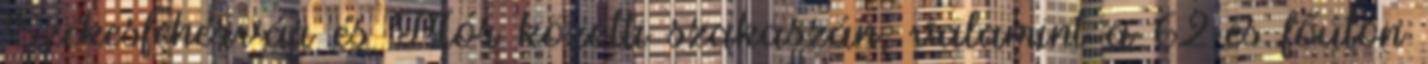
Székesfehérvár és Mór közötti szakaszán, valamint a 62-es főúton